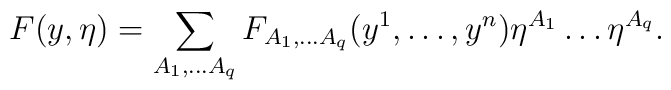
F(y, \eta)=\sum_{A_1, \dots A_q} F_{A_1, \dots A_q} (y^1, \dots, y^n)\eta^{A_1} \dots \eta^{A_q}.